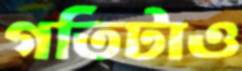
গতিটাও